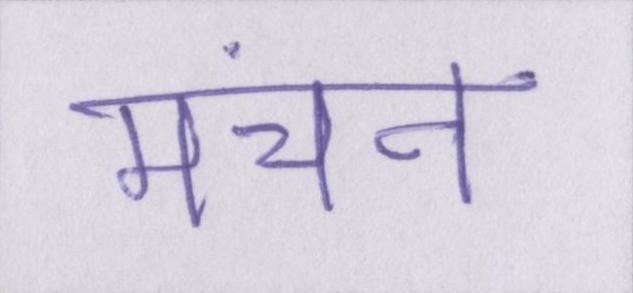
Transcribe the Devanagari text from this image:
मंचन